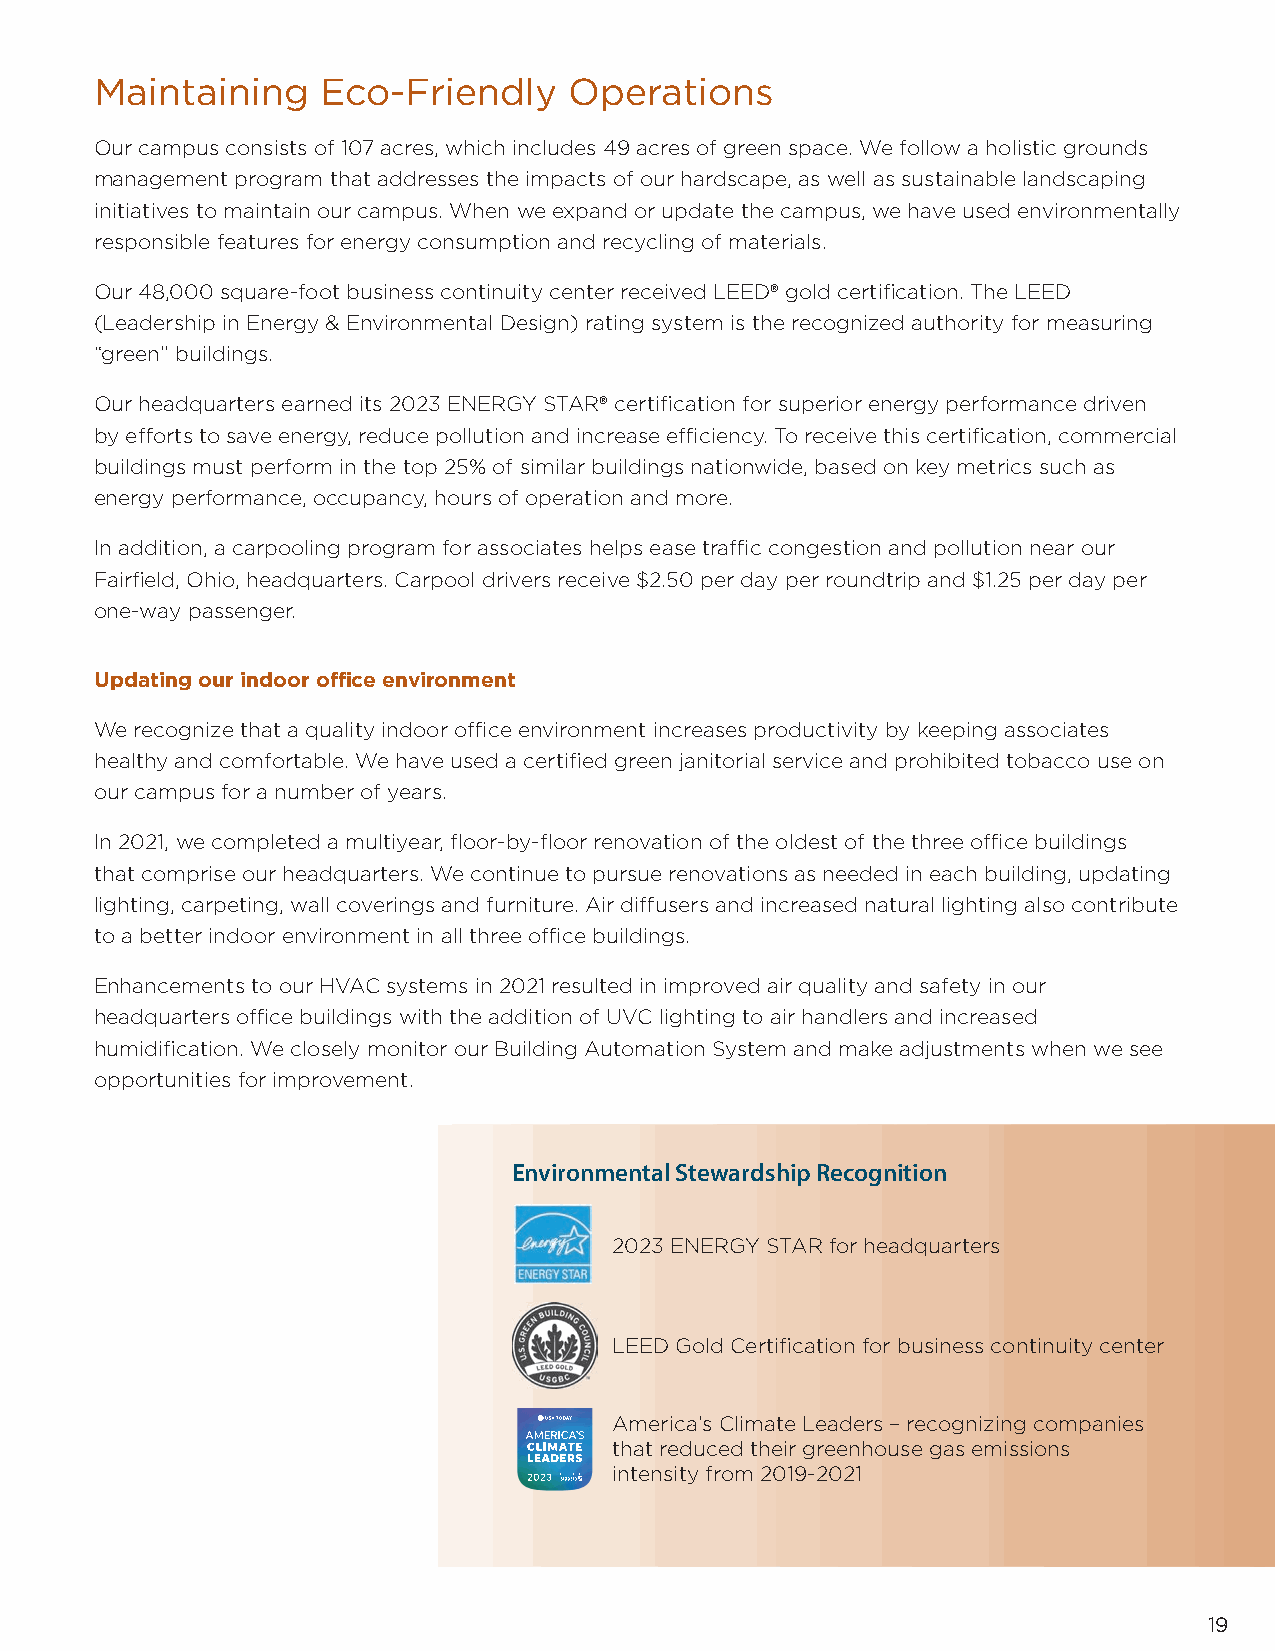
Maintaining    Eco-Friendly     Operations
 Our campus consists of 107 acres, which includes 49 acres of green space. We follow a holistic grounds
 management program that addresses the impacts of our hardscape, as well as sustainable landscaping
 initiatives to maintain our campus. When we expand or update the campus, we have used environmentally
 responsible features for energy consumption and recycling of materials.
 Our 48,000 square-foot business continuity center received LEED® gold certifi cation. The LEED
 (Leadership in Energy & Environmental Design) rating system is the recognized authority for measuring
 “green” buildings.
 Our headquarters earned its 2023 ENERGY STAR® certifi cation for superior energy performance driven
 by eff orts to save energy, reduce pollution and increase effi ciency. To receive this certifi cation, commercial
 buildings must perform in the top 25% of similar buildings nationwide, based on key metrics such as
 energy performance, occupancy, hours of operation and more.
 In addition, a carpooling program for associates helps ease traffi c congestion and pollution near our
 Fairfi eld, Ohio, headquarters. Carpool drivers receive $2.50 per day per roundtrip and $1.25 per day per
 one-way passenger.
 Updating our indoor offi ce environment
 We recognize that a quality indoor offi ce environment increases productivity by keeping associates
 healthy and comfortable. We have used a certifi ed green janitorial service and prohibited tobacco use on
 our campus for a number of years.
 In 2021, we completed a multiyear, fl oor-by-fl oor renovation of the oldest of the three offi ce buildings
 that comprise our headquarters. We continue to pursue renovations as needed in each building, updating
 lighting, carpeting, wall coverings and furniture. Air diff users and increased natural lighting also contribute
 to a better indoor environment in all three offi ce buildings.
 Enhancements to our HVAC systems in 2021 resulted in improved air quality and safety in our
 headquarters offi ce buildings with the addition of UVC lighting to air handlers and increased
 humidifi cation. We closely monitor our Building Automation System and make adjustments when we see
 opportunities for improvement.
 Environmental Stewardship Recognition
 2023 ENERGY STAR for headquarters
 LEED Gold Certifi cation for business continuity center
 America’s Climate Leaders – recognizing companies
 that reduced their greenhouse gas emissions
 intensity from 2019-2021
 19